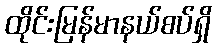
ထိုင်းမြန်မာနယ်စပ်ရှိ